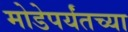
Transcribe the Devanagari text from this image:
मोडेपर्यंतच्या